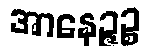
အာနေဉ္ဇဉ္စ